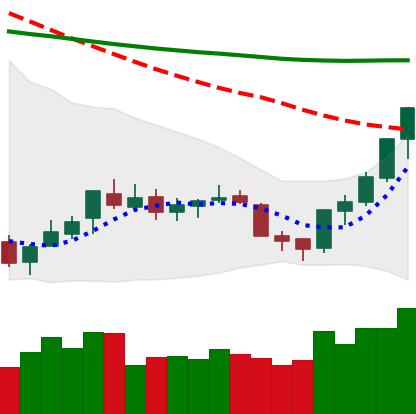
Ticker: XLM-USD
Chart end date: 2018-07-17
Forward return: 12.083%
Label: up_7plus